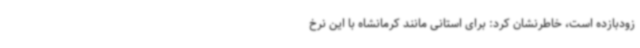
زودبازده است، خاطرنشان کرد: برای استانی مانند کرمانشاه با این نرخ